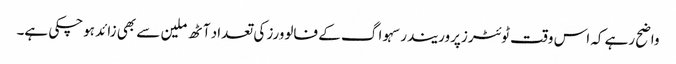
واضح رہے کہ اس وقت ٹوئٹرزپروریندرسہوا گ کے فالوورز کی تعداد آٹھ ملین سے بھی زائد ہوچکی ہے۔